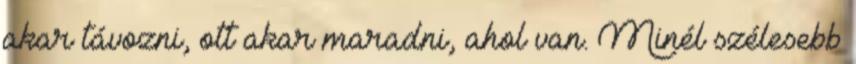
akar távozni, ott akar maradni, ahol van. Minél szélesebb